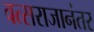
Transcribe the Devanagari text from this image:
वत्सराजानंतर